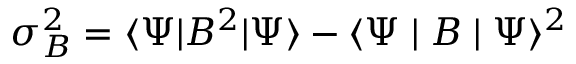
\sigma _ { B } ^ { 2 } = \langle \Psi | B ^ { 2 } | \Psi \rangle - \langle \Psi \mid B \mid \Psi \rangle ^ { 2 }